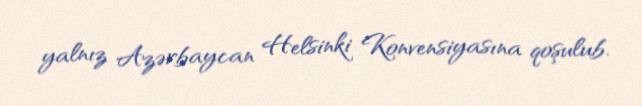
yalnız Azərbaycan Helsinki Konvensiyasına qoşulub.